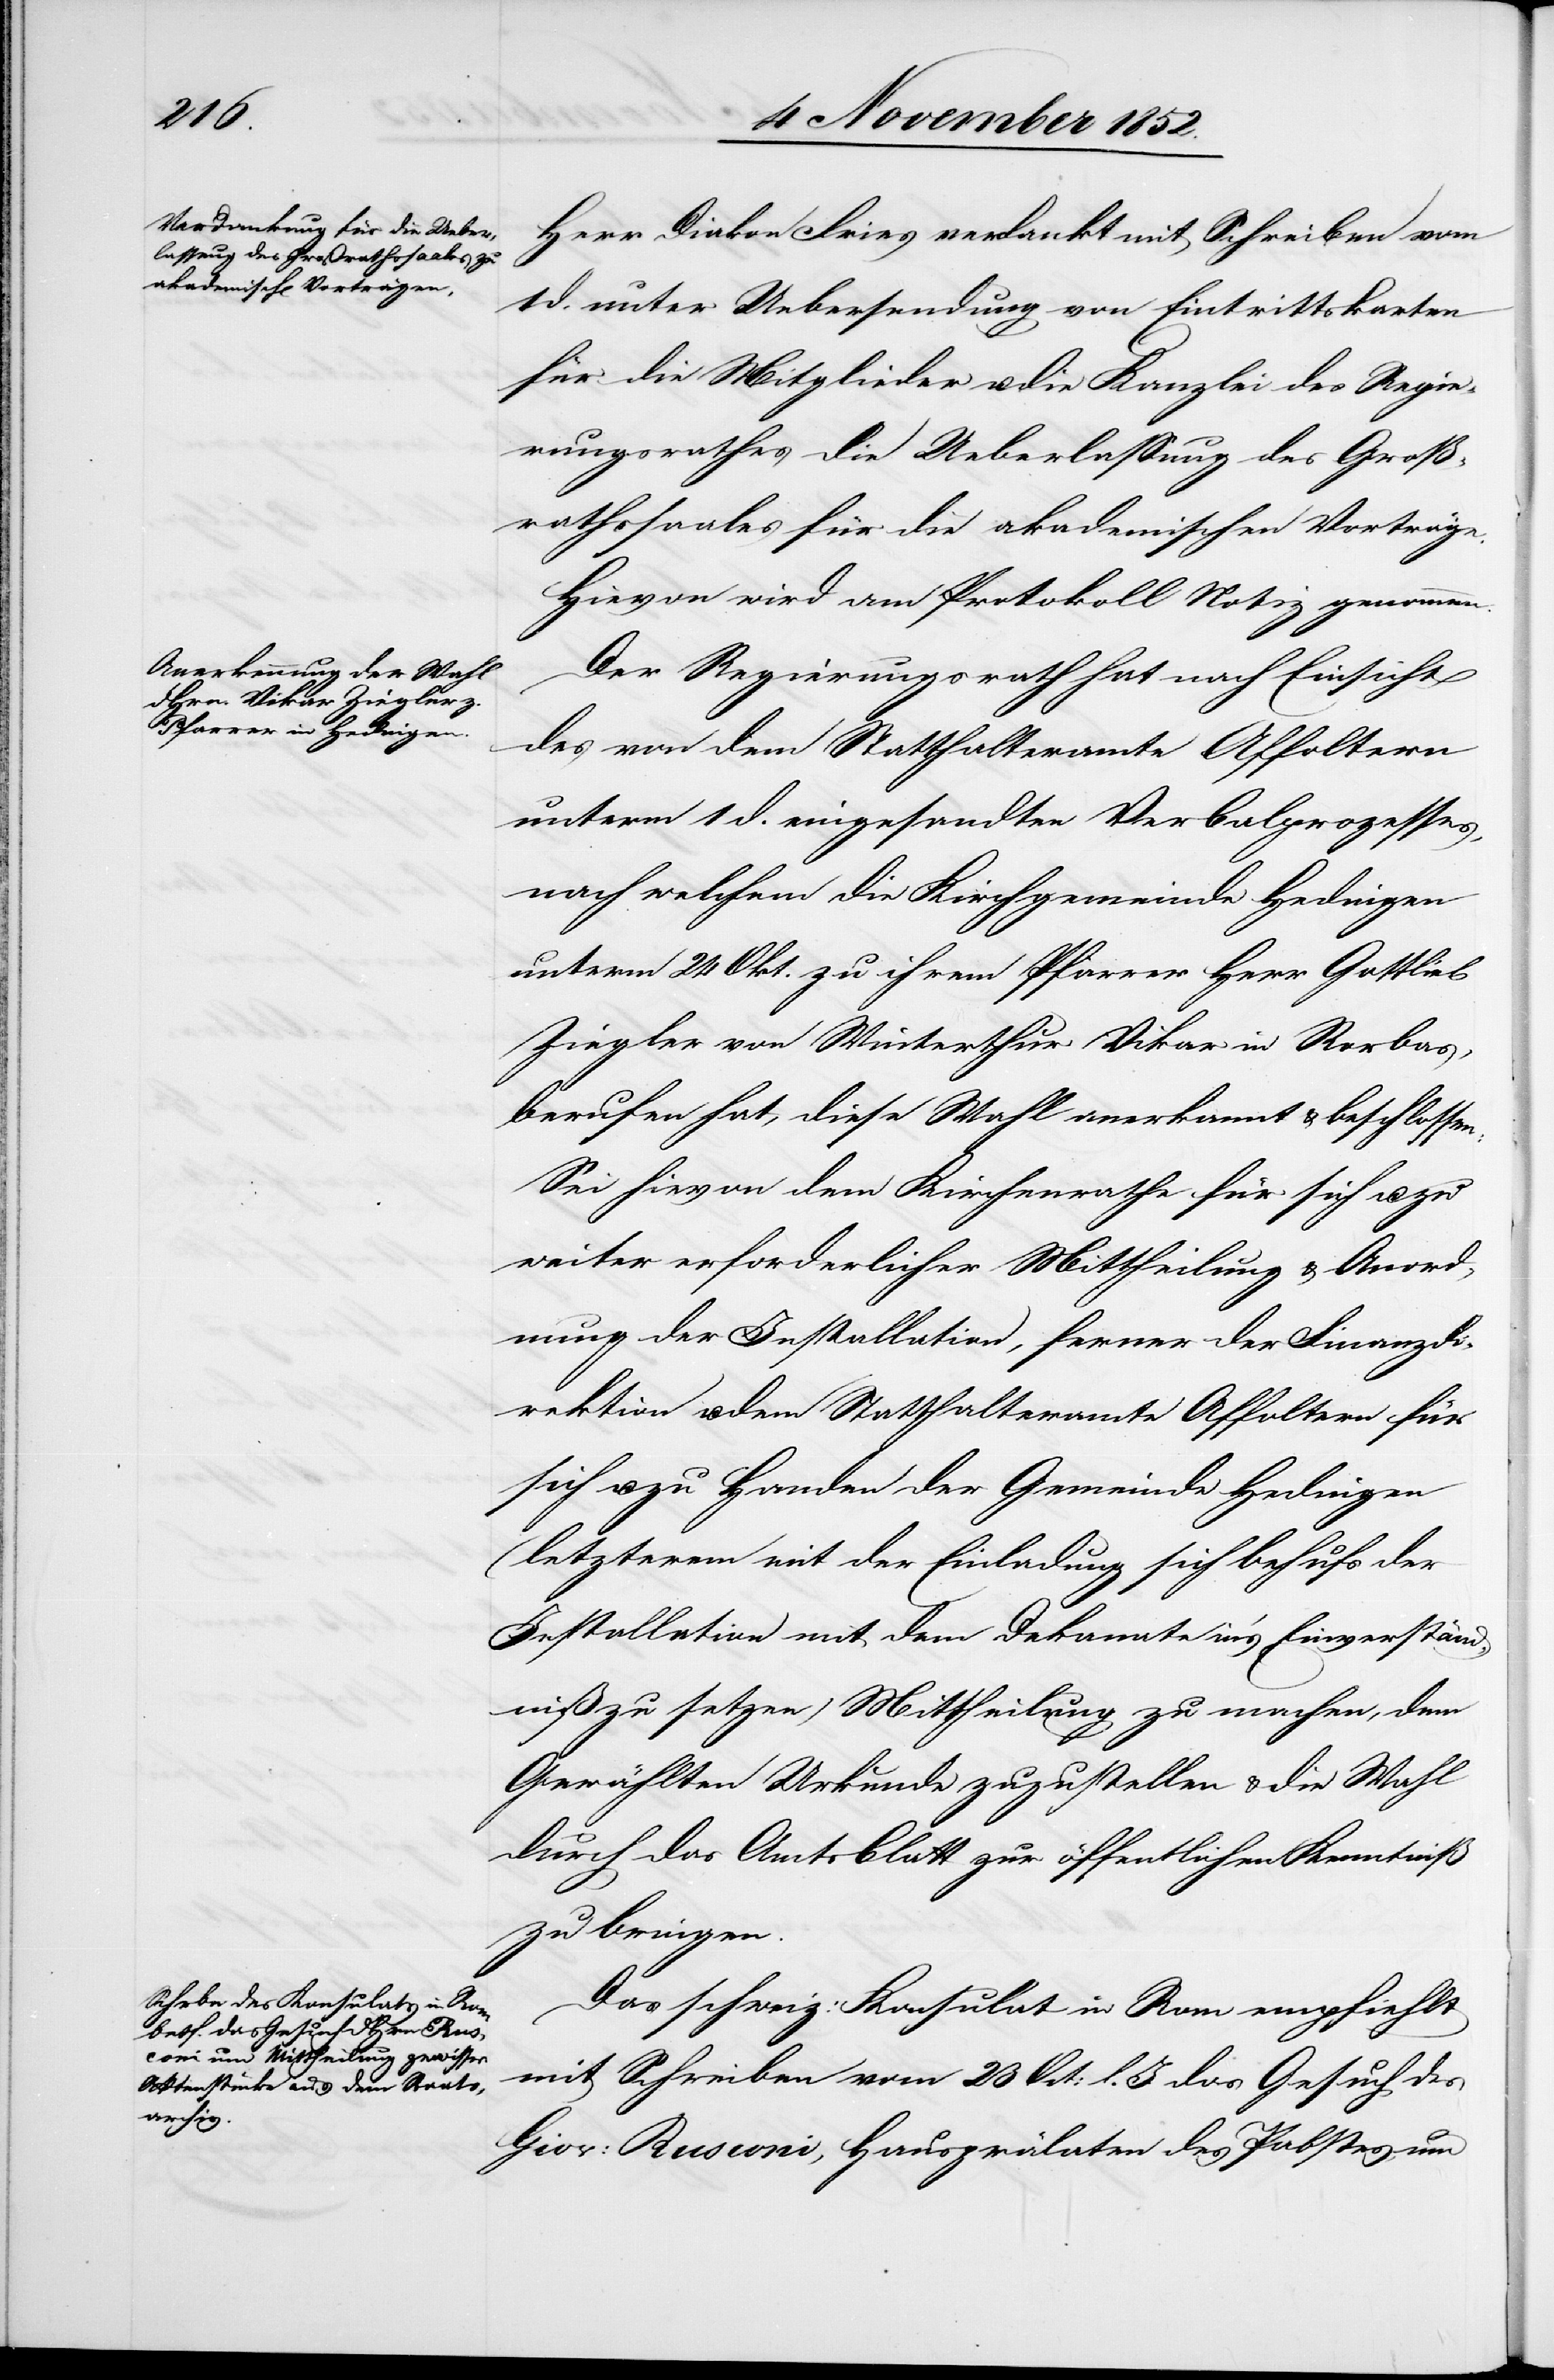
Herr Diakon Fries verdankt mit Schreiben vom
1 d. unter Uebersendung von Eintrittskarten
für die Mitglieder u. die Kanzlei des Regie¬
rungsrathes die Ueberlassung des Groß¬
rathssaales für die akademischen Vorträge.
Hievon wird am Protokoll Notiz genommen.
Der Regierungsrath hat nach Einsicht
des von dem Statthalteramte Affoltern
unterm 1 d. eingesandten Verbalprozesses,
nach welchem die Kirchgemeinde Hedingen
unterm 24 Okt. zu ihrem Pfarrer Herr Gottlieb
Ziegler von Winterthur Vikar in Rorbas,
berufen hat, diese Wahl anerkannt & beschlossen:
Sei hievon dem Kirchenrathe für sich u. zu
weiter erforderlicher Mittheilung & Anord¬
nung der Installation, ferner der Finanzdi¬
rektion u. dem Statthalteramte Affoltern für
sich u. zu Handen der Gemeinde Hedingen
(letzterem mit der Einladung sich behufs der
Installation mit dem Dekanate in’s Einverständ¬
niß zu setzen) Mittheilung zu machen, dem
Gewählten Urkunde zuzustellen & die Wahl
durch das Amtsblatt zur öffentlichen Kenntniß
zu bringen.
Das schweiz: Konsulat in Rom empfiehlt
mit Schreiben vom 23 Oct: l. J. das Gesuch des
Giov: Rusconi, Hausprälaten des Pabstes, um